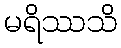
မရိဿသိ